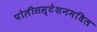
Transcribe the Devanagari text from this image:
पोलीसस्टेशनमधिल